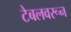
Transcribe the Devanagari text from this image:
टेबलवरून